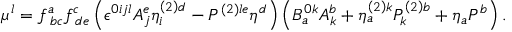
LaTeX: \mu ^ { l } = f _ { \; b c } ^ { a } f _ { \; d e } ^ { c } \left( \epsilon ^ { 0 i j l } A _ { j } ^ { e } \eta _ { i } ^ { \left( 2 \right) d } - { \cal P } ^ { \left( 2 \right) l e } \eta ^ { d } \right) \left( B _ { a } ^ { 0 k } A _ { k } ^ { b } + \eta _ { a } ^ { \left( 2 \right) k } { \cal P } _ { k } ^ { \left( 2 \right) b } + \eta _ { a } { \cal P } ^ { b } \right) .